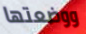
ووضعتها